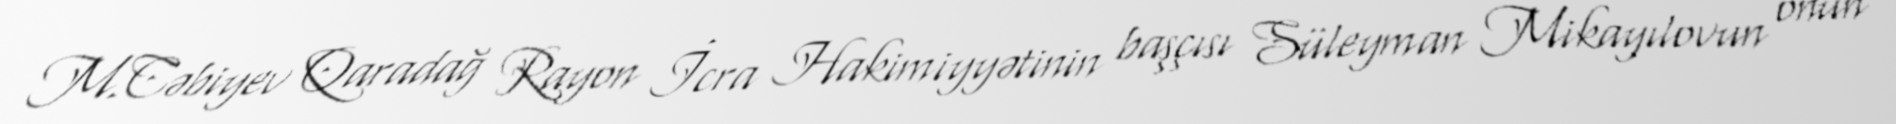
M.Cəbiyev Qaradağ Rayon İcra Hakimiyyətinin başçısı Süleyman Mikayılovun onun